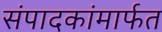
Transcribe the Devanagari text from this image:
संपादकांमार्फत